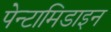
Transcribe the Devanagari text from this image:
पेन्टामिडाइन